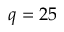
q = 2 5